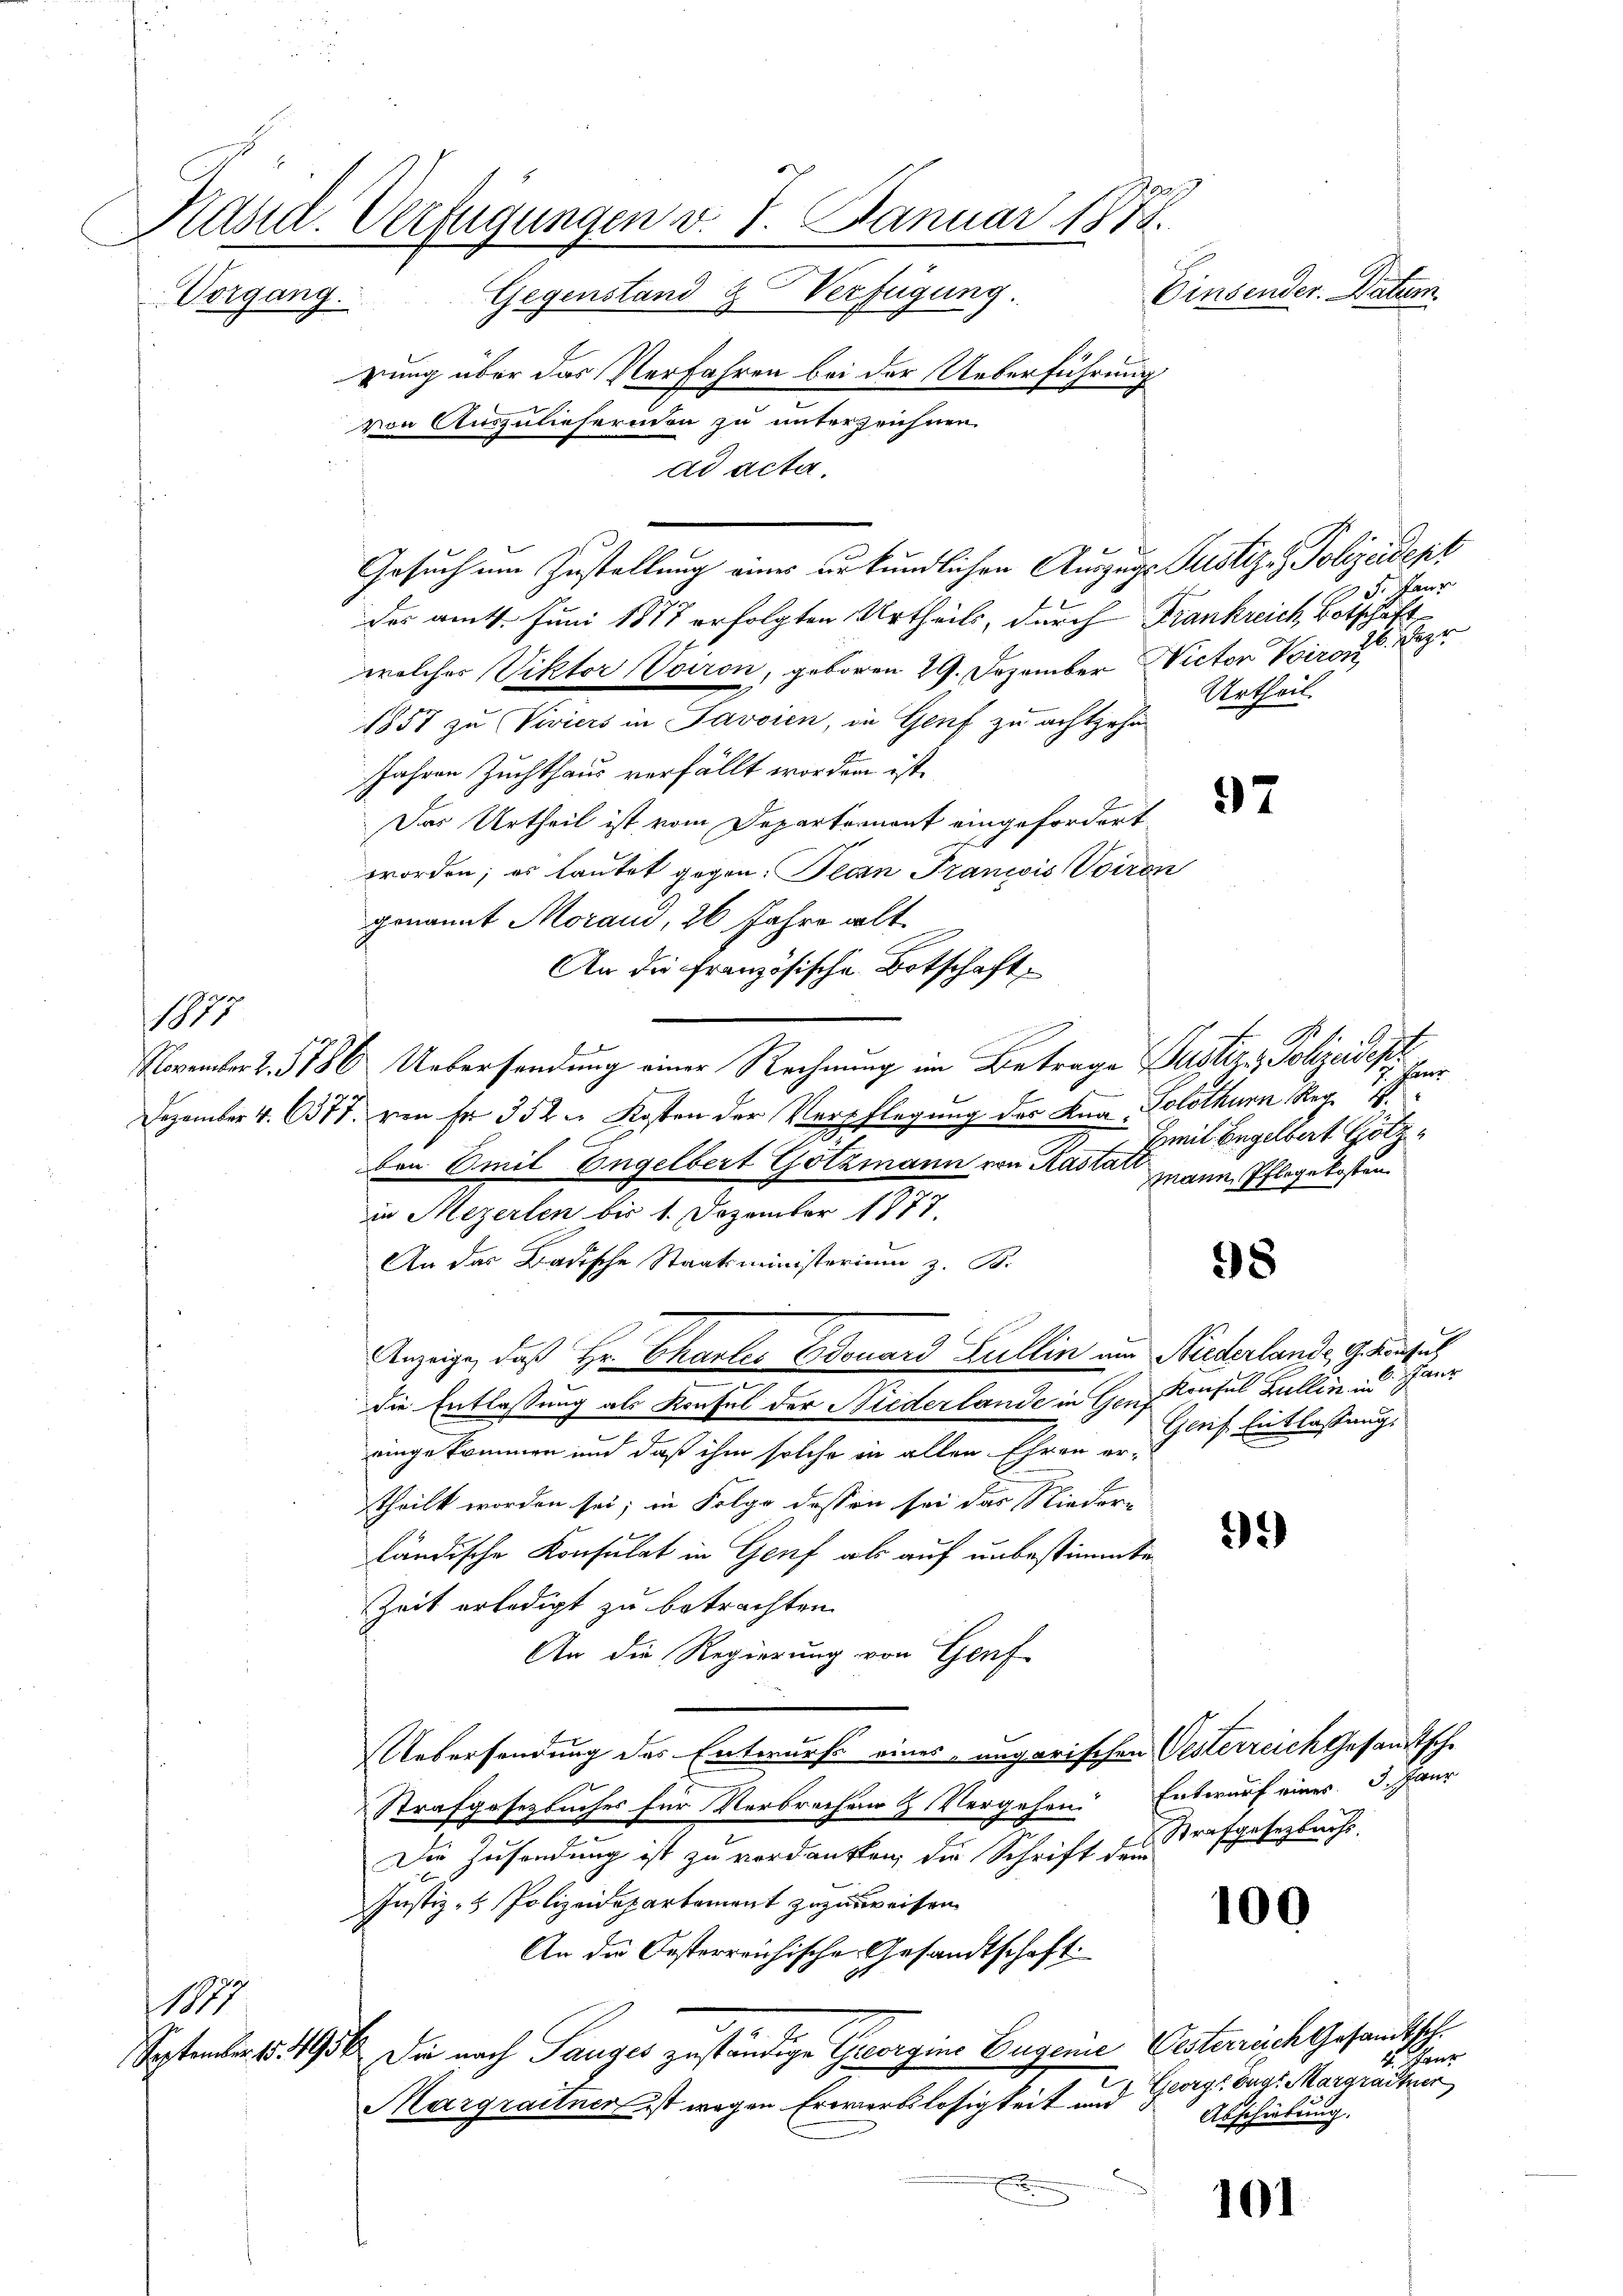
Kasia. Verfügungen v. 7. Januar 1878.
e
Cinsender. Datum.
Gegenstand & Verfügung
Vorgang.
rung über das Verfahren bei der Ueberführung
von Auszuliefernden zu unterzeichnen

ad acta.
Gesuch um Zustellung eines urkundlichen Auszugs Justiz - Polizeidept
des amt. Juni 1877 erfolgten Urtheils, durch Frankreich, Botschaft
welches Viktor Voiron, geboren 29. Dezember Victor Voiron
1857 zu Viviers in Javaien, in Genf zu achtzehn
JJahren Zuchthaus verfällt worden ist.
Das Urtheil ist vom Departement eingefordert
worden; es lautet gegen Pecan Francois Voiron
genannt Moraus, 26 Jahre alt.
An die französische Botschaft,
November Z. 1786 Uebersendung einer Rechnung im Betrage Justiz- & Polizeidepr
Dezember 4. 6377. von Fr. 352 u Kosten der Verpflegung des Kna Solothurn Reg
Emil Engelbert Götz
ben Emil Engelbert Gotzmann von Kastal mann Pflegekosten
in Mezerlen bis 1. Dezember 1877.
An das Badische Staatsministerium z. B.
98
Anzeige, daß Hr. Charlić Ddouard Lullin um Niederlande Gesuch,
die Entlassung als Konsul der Niederlande in Gens Konfel Zullin an
Gleis Entlassung.
eingekommen und daß ihm solche in allen Ehren er-
theilt worden sei; in Folge dessen sei das Nieder¬
32)
ländische Konsulat in Genf als auf unbestimmte
Zeit erledigt zu betrachten.
An die Regierung von Genf
Uebersendung des Entwurfs eines, ungarischen Gesterreich Gesandtsche
Strafgesezbuches für Verbrechen & Vergehen. Entwurf einer 3. Jaur
Strafgesetzbuchs.
Die Zusendung ist zu verdanken, die Schrift dem
Justiz- & Polizeidepartement zuzuweisen.
100
An die Oesterreichische Gesandtschaft.
19
September 1811956. Die nach Tauges zuständige Georgins Eugenie Gesterrich Gesandtsch¬
George bugs Margrattner
Margraitner ist wegen Erwerbslosigkeit und
Abschiebung.
101

1815

Gene
16. Sep
Urtheil.

97

Herr

un

4. Tanz